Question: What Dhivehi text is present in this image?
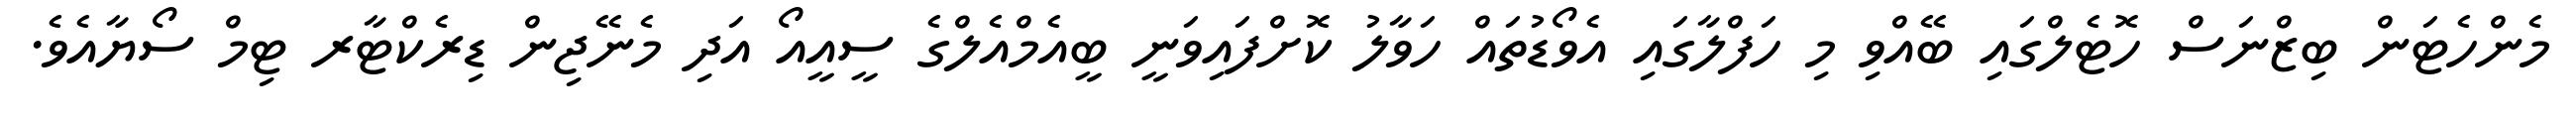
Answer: މެންހެޓަން ބިޒްނަސް ހޮޓެލްގައި ބޭއްވި މި ހަފްލާގައި އެވޯޑުތައް ހަވާލު ކޮށްފައިވަނީ ބީއެމްއެލްގެ ސީއީއޯ އަދި މެނޭޖިން ޑިރެކްޓާރ ޓިމް ސޯޔާއެވެ.